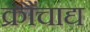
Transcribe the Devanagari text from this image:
क्रौंचाद्य